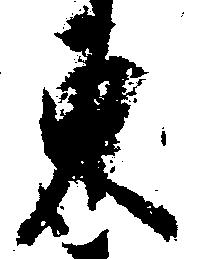
東